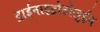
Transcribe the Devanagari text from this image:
ट्राईनाइट्रोटोलुईन